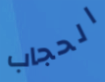
الحجاب